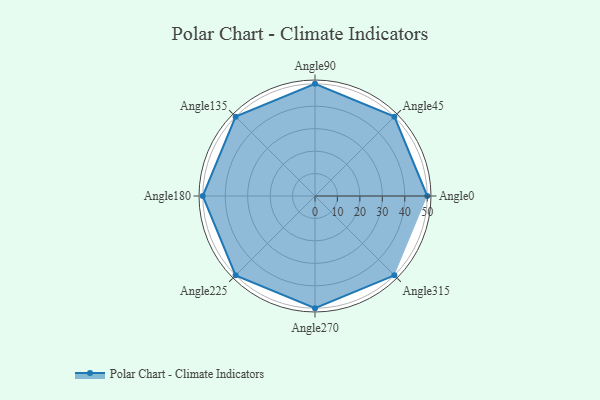
{"axis": {"x": "Angle", "y": "Radius"}, "legend": [""], "data": [{"x": "Angle0", "y": 50, "type": ""}, {"x": "Angle45", "y": 50, "type": ""}, {"x": "Angle90", "y": 50, "type": ""}, {"x": "Angle135", "y": 50, "type": ""}, {"x": "Angle180", "y": 50, "type": ""}, {"x": "Angle225", "y": 50.0, "type": ""}, {"x": "Angle270", "y": 50, "type": ""}, {"x": "Angle315", "y": 50, "type": ""}]}